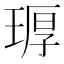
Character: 𪻶